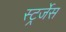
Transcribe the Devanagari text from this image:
स्ट्रर्जेस